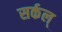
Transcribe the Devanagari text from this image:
सर्कल्